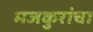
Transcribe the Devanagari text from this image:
मजकुरांचा